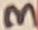
Text: 3